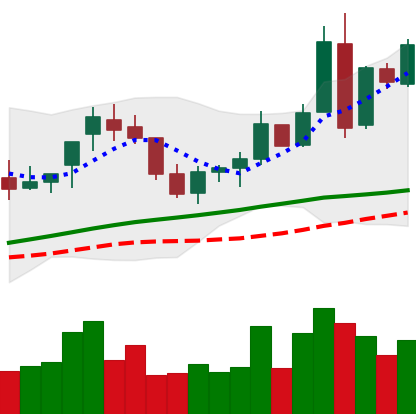
Ticker: BNB-USD
Chart end date: 2018-04-28
Forward return: -3.602%
Label: down_3_5